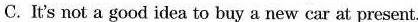
C.It's not a good idea to buy a new car at present.